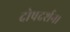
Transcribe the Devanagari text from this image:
दोषदर्शन।